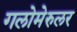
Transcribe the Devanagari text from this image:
गलोमेरुलर